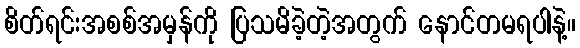
စိတ်ရင်းအစစ်အမှန်ကို ပြသမိခဲ့တဲ့အတွက် နောင်တမရပါနဲ့။